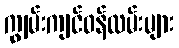
ကျွမ်းကျင်ဝန်ထမ်းများ